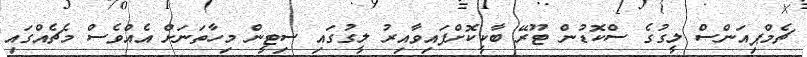
ޗެމްޕިއަންސް ލީގުގެ ސްކޮޑުން ޓޫރޭ ބާކީކޮށްފައިވާއިރު ލީގުގައި ސިޓީން މިހާތަނަށް އެއްވެސް މެޗެއްގައި